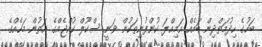
ބަހުގެ ހިދުމަތްދިން ބައެއް އަމިއްލަ ކުންފުނިތަކުން ވަނީ ސްކޫލް ކުއްޖެއްގެ އަތުން މަހެއްގެ